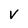
Character: V